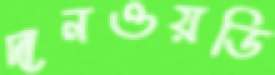
দানওয়ডি